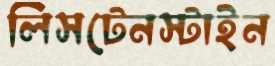
লিসটেনস্টাইন